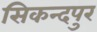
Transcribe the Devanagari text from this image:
सिकन्दपुर